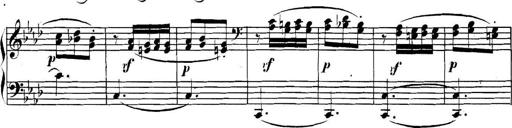
Title: Collected Piano Sonatas
Composer: Muzio Clementi